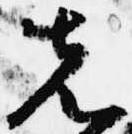
先